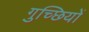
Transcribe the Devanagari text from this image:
गुच्छियों